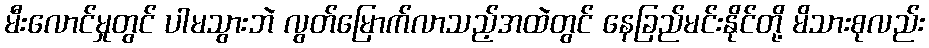
မီးလောင်မှုတွင် ပါမသွားဘဲ လွတ်မြောက်လာသည့်အထဲတွင် နေခြည်မင်းနိုင်တို့ မိသားစုလည်း